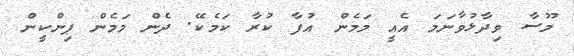
މޫސާ ވިދާޅުވާނަމަ އެއީ މަމެން އުފާ ކުރާ ކަމެކޭ. ދެން މަމެން ޕިންކީން